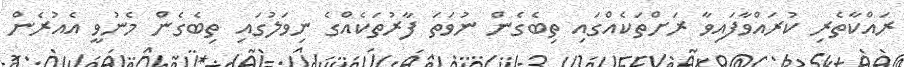
ރައްކާތެރި ކުރައްވާފައިވާ ރަށްތަކެއްގައި ތިބެގެން ނުވަތަ ފާރުތަކެއްގެ ނިވަލުގައި ތިބެގެން މެނުވީ އެއުރެން